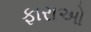
ફારાઓ